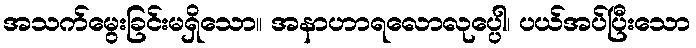
အသက်မွေးခြင်းမရှိသော။ အနာဟာရလောလုပ္ပေါ၊ ပယ်အပ်ပြီးသော